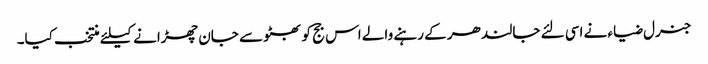
جنرل ضیاء نے اسی لئے جالندھر کے رہنے والے اس جج کو بھٹو سے جان چھڑانے کیلئے منتخب کیا۔